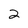
Character: 2